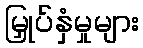
မြှုပ်နှံမှုများ